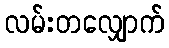
လမ်းတလျှောက်